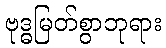
ဗုဒ္ဓမြတ်စွာဘုရား